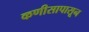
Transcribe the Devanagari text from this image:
कणीसापासून